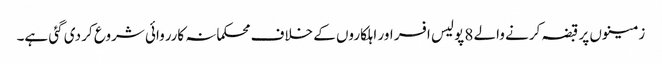
زمینوں پر قبضہ کرنے والے 8 پولیس افسر اور اہلکاروں کے خلاف محکمانہ کارروائی شروع کر دی گئی ہے۔